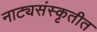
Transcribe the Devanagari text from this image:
नाट्यसंस्कृतीत